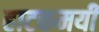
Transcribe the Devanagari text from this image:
हाटकमयी